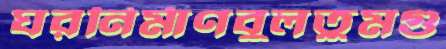
ঘরনির্মাণবুলতুমগু